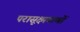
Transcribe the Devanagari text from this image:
परासूक्ष्मकणों